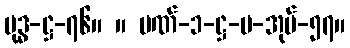
ဗုဒ္ဓ-ဋ္ဌ-၇၆။ ။ ပဏ်-၁-ဋ္ဌ-ပ-အုပ်-၅၇။